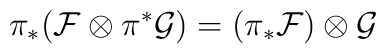
\pi_{*}({\cal F}\otimes \pi^* {\cal G})=(\pi_* {\cal F})\otimes {\cal G}